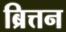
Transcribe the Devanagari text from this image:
ब्रित्तन